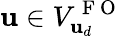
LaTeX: \mathbf{u}\in V_{\mathbf{u}_{d}}^{\mathrm{~F~O~}}